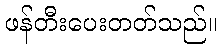
ဖန်တီးပေးတတ်သည်။